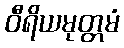
ဝီရိယမုတ္တမံ